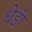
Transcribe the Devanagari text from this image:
धेडी